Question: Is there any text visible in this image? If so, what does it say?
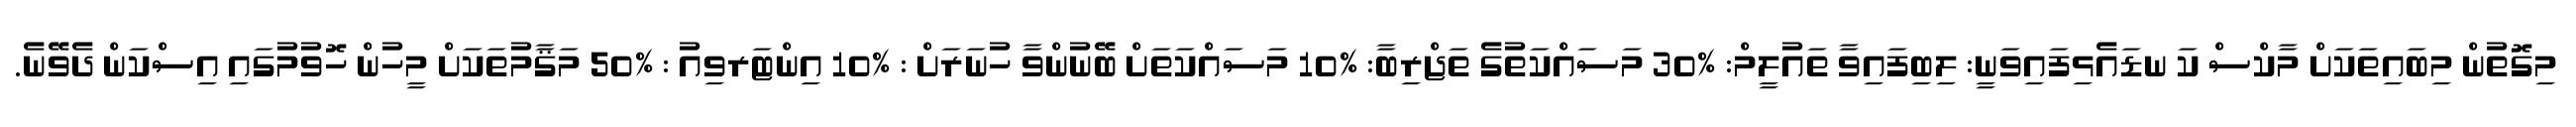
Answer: މިގޮތުން މިބައިތަކަށް މާކްސް ކަ ނޑައެޅިފައިވަނީ: ލިބިފައިވާ ތައުލީމް: %30 މަސައްކަތުގެ ތަޖްރިބާ: %10 މަސައްކަތަށް ބޭނުންވާ ހުނަރަށް : %10 އިންޓަރވިއު : %50 މަޤާމުތަކަށް މީހުން ހޮވުމުގައި އިސްކަން ދެވޭނެ.